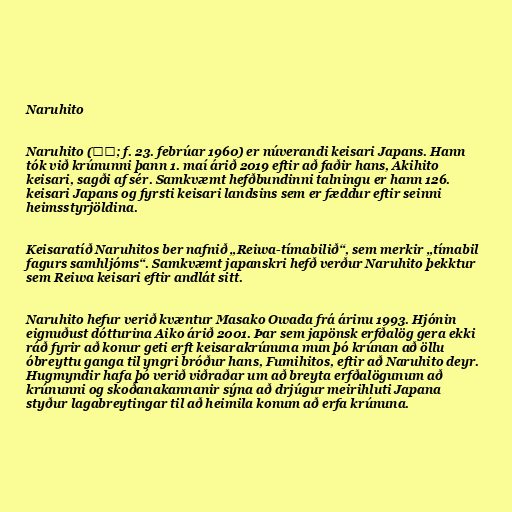
Naruhito

Naruhito (徳仁; f. 23. febrúar 1960) er núverandi keisari Japans. Hann
tók við krúnunni þann 1. maí árið 2019 eftir að faðir hans, Akihito
keisari, sagði af sér. Samkvæmt hefðbundinni talningu er hann 126.
keisari Japans og fyrsti keisari landsins sem er fæddur eftir seinni
heimsstyrjöldina.

Keisaratíð Naruhitos ber nafnið „Reiwa-tímabilið“, sem merkir „tímabil
fagurs samhljóms“. Samkvæmt japanskri hefð verður Naruhito þekktur
sem Reiwa keisari eftir andlát sitt.

Naruhito hefur verið kvæntur Masako Owada frá árinu 1993. Hjónin
eignuðust dótturina Aiko árið 2001. Þar sem japönsk erfðalög gera ekki
ráð fyrir að konur geti erft keisarakrúnuna mun þó krúnan að öllu
óbreyttu ganga til yngri bróður hans, Fumihitos, eftir að Naruhito deyr.
Hugmyndir hafa þó verið viðraðar um að breyta erfðalögunum að
krúnunni og skoðanakannanir sýna að drjúgur meirihluti Japana
styður lagabreytingar til að heimila konum að erfa krúnuna.